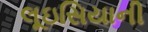
લૂઇસિયાની